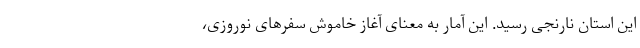
این استان نارنجی رسید. این آمار به‌ معنای آغاز خاموش سفرهای نوروزی،